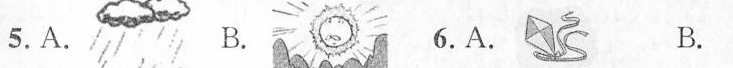
5. A. B. 6. A. B.